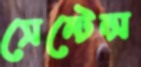
সেন্টেন্স